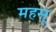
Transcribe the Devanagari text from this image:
महसू